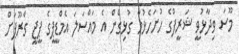
މޫސަ ވިދާޅުވީ ޝަރީފްގެ ހުށަހެޅުމާ ގުޅިގެން އެ މައްސަލަ އެމްޑީޕީގެ ޕީޖީ ގްރޫޕަށް